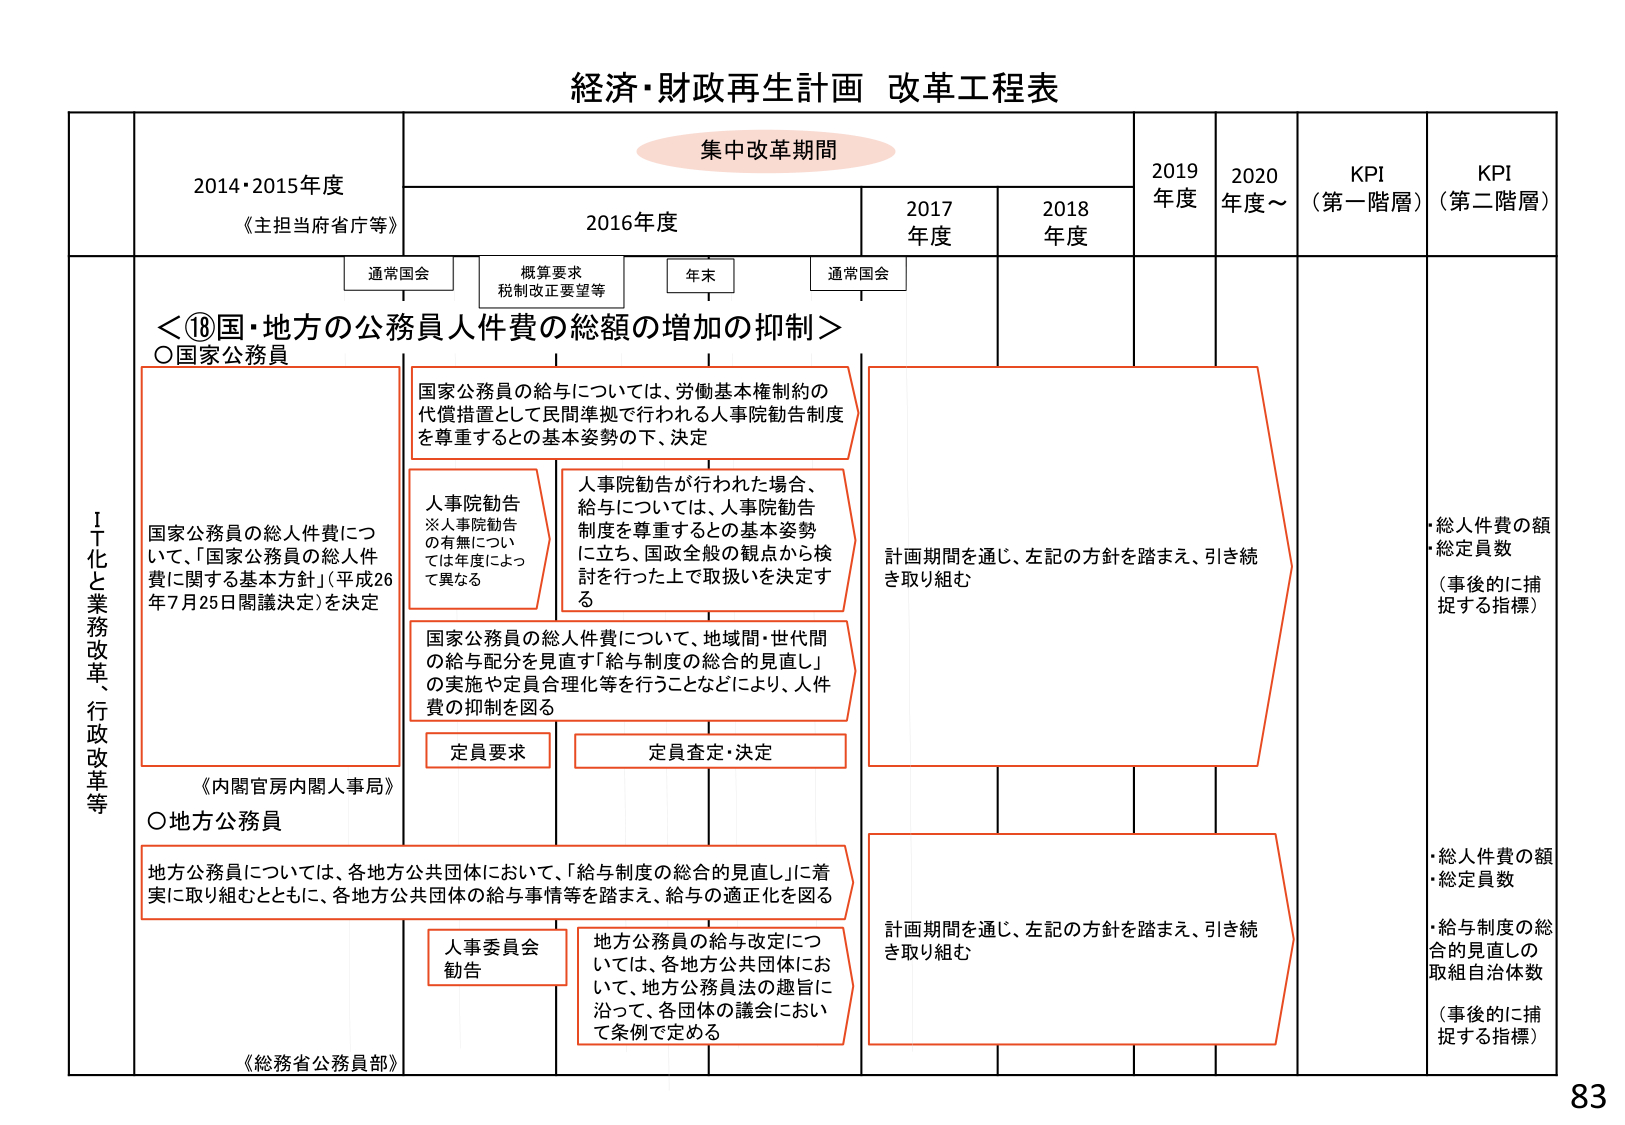
経済・財政再生計画 改革工程表

集中改革期間

2014・2015年度
《主担当府省庁等》

2016年度

2017年度

2018年度

2019年度

2020年度～

KPI（第一階層）

KPI（第二階層）

通常国会

概算要求
税制改正要望等

年末

通常国会

＜⑱国・地方の公務員人件費の総額の増加の抑制＞

○国家公務員

国家公務員の給与については、労働基本権制約の
代償措置として民間準拠で行われる人事院勧告制度
を尊重するとの基本姿勢の下、決定

人事院勧告
※人事院勧告
の有無につい
ては年度によっ
て異なる

人事院勧告が行われた場合、
給与については、人事院勧告
制度を尊重するとの基本姿勢
に立ち、国政全般の観点から検
討を行った上で取扱いを決定す
る

国家公務員の総人件費につ
いて、「国家公務員の総人件
費に関する基本方針」（平成26
年7月25日閣議決定）を決定

国家公務員の総人件費について、地域間・世代間
の給与配分を見直す「給与制度の総合的見直し」
の実施や定員合理化等を行うことなどにより、人件
費の抑制を図る

定員要求

定員査定・決定

計画期間を通じ、左記の方針を踏まえ、引き続
き取り組む

《内閣官房内閣人事局》

○地方公務員

地方公務員については、各地方公共団体において、「給与制度の総合的見直し」に着
実に取り組むとともに、各地方公共団体の給与事情等を踏まえ、給与の適正化を図る

人事委員会
勧告

地方公務員の給与改定につ
いては、各地方公共団体にお
いて、地方公務員法の趣旨に
沿って、各団体の議会におい
て条例で定める

計画期間を通じ、左記の方針を踏まえ、引き続
き取り組む

《総務省公務員部》

・総人件費の額
・総定員数
（事後的に捕捉する指標）

・総人件費の額
・総定員数
・給与制度の総合的見直しの
取組自治体数
（事後的に捕捉する指標）

ＩＴ化と業務改革、行政改革等

83